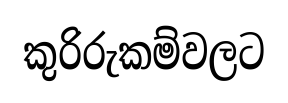
කුරිරුකම්වලට